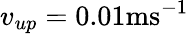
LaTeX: v_{up}=0.01\mathrm{ms^{-1}}